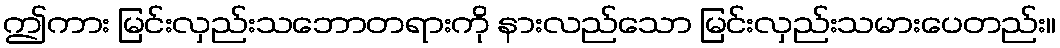
ဤကား မြင်းလှည်းသဘောတရားကို နားလည်သော မြင်းလှည်းသမားပေတည်း။